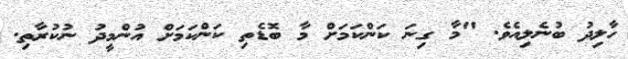
ހާލިދު ބުނެލިއެވެ. "މާ ގިނަ ކަންކަމަށް މާ ބޮޑެތި ކަންކަމަށް އުންމީދު ނުކުރާތި.